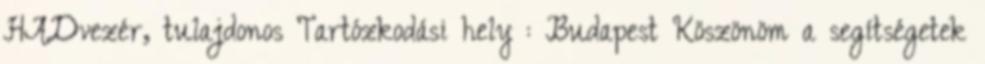
HADvezér, tulajdonos Tartózkodási hely : Budapest Köszönöm a segítségetek